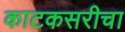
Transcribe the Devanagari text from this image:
काटकसरीचा